Scottish Leaving Certificate Examination, 1960
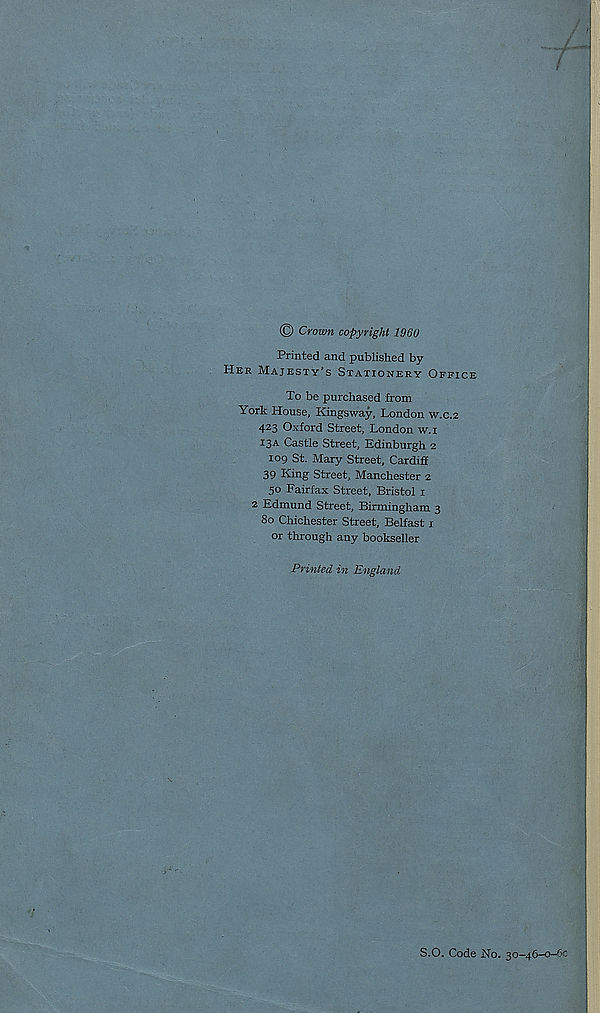
© Crown copyright 1960
Printed and published by
Her Majesty’s Stationery Office
To be purchased from
York House, Kingsway, London w.c.2
423 Oxford Street, London w.i
13A Castle Street, Edinburgh 2
109 St. Mary Street, Cardiff
39 King Street, Manchester 2
50 Fairfax Street, Bristol 1
2 Edmund Street, Birmingham 3
80 Chichester Street, Belfast 1
or through any bookseller
Printed in England
S.O. Code No. 30—46—o-6c